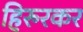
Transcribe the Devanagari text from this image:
हिरुरकर